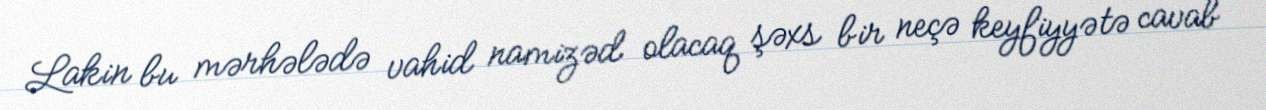
Lakin bu mərhələdə vahid namizəd olacaq şəxs bir neçə keyfiyyətə cavab